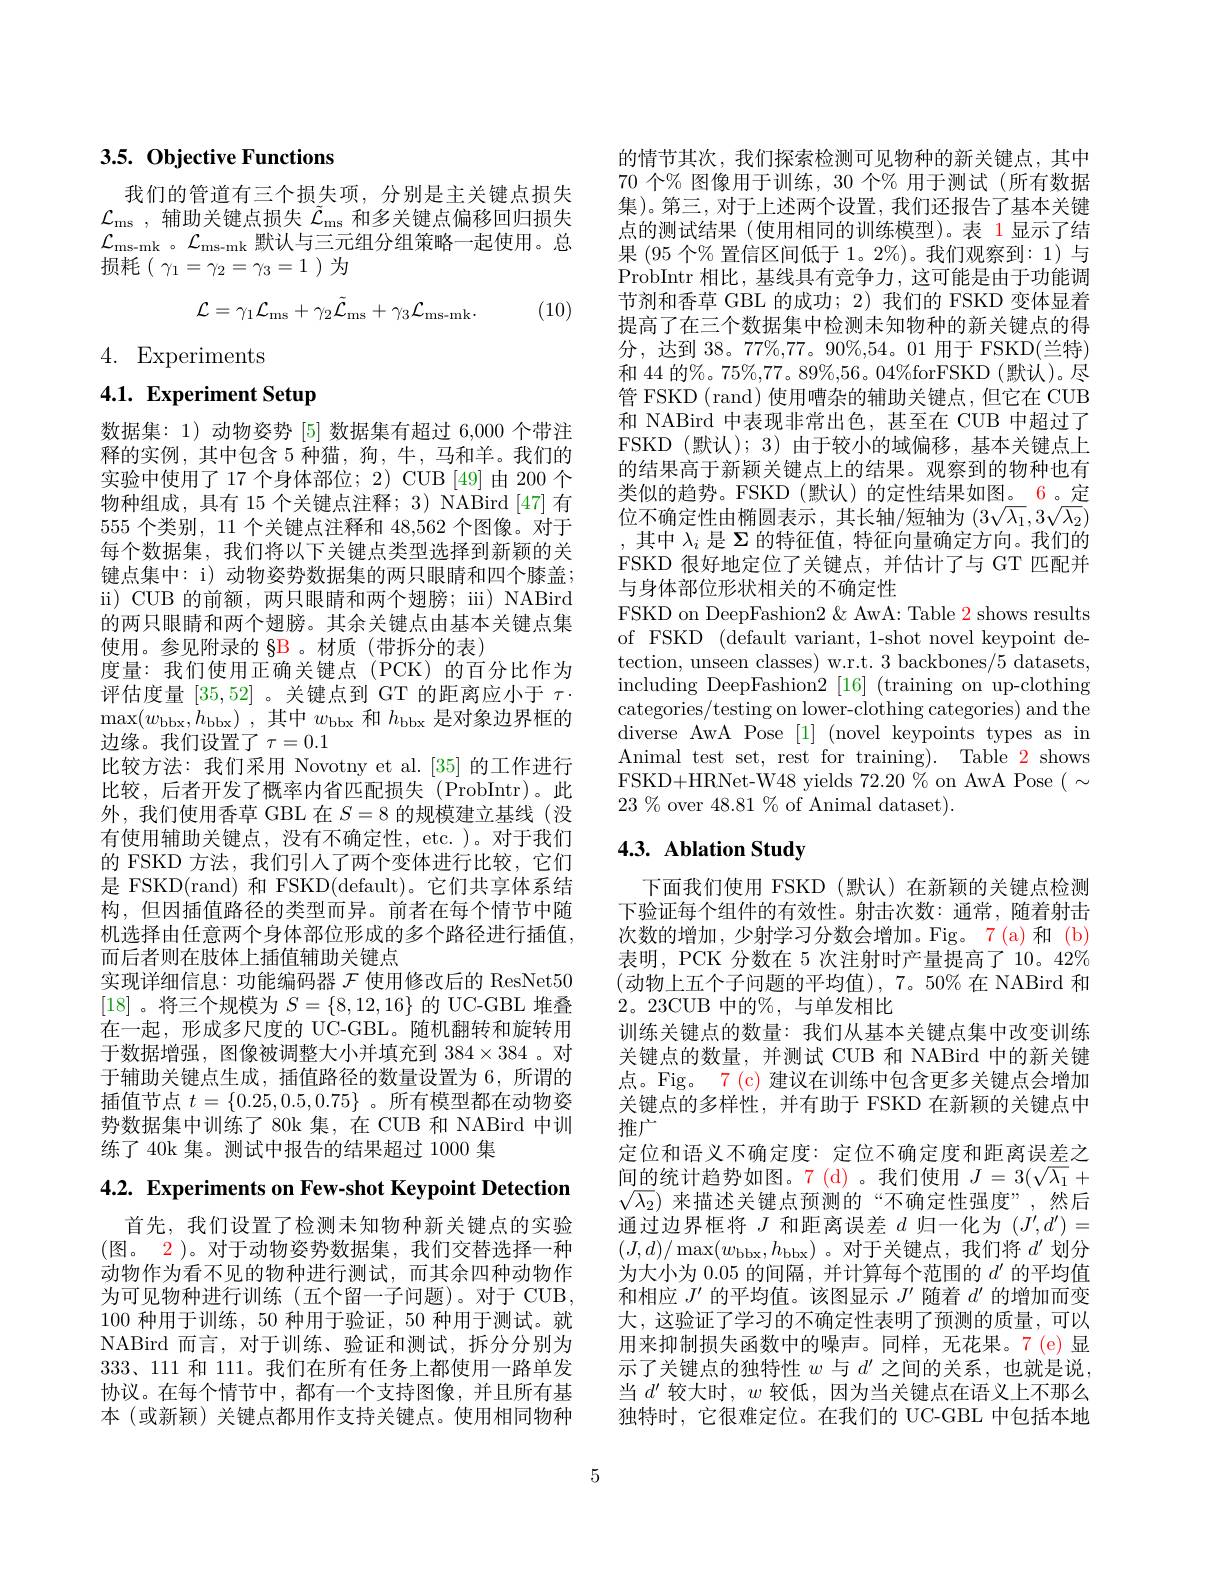
## 3.5. Objective Functions

我们的管道有三个损失项，分别是主关键点损失$\mathcal{L} _\mathrm{ms}$ ,辅助关键点损失$\tilde{\mathcal{L}}_\mathrm{ms}$和多关键点偏移回归损失$\mathcal{L}_{\mathrm{ms-mk~}}。\mathcal{L}_{\mathrm{ms-mk~}}$默认与三元组分组策略一起使用。总损耗($\gamma_1=\gamma_2=\gamma_3=1$)为
$$\mathcal{L}=\gamma_{1}\mathcal{L}_{\mathrm{ms}}+\gamma_{2}\tilde{\mathcal{L}}_{\mathrm{ms}}+\gamma_{3}\mathcal{L}_{\mathrm{ms-mk}}.$$
(10)

4. Experiments

# 4.1. Experiment Setup

数据集：1) 动物姿势 [5] 数据集有超过 6,000 个带注释的实例，其中包含 5 种猫，狗，牛，马和羊。我们的实验中使用了 17 个身体部位；2) CUB [49]由 200 个物种组成，具有 15 个关键点注释；3) NABird [47] 有555个类别，11 个关键点注释和 48,562 个图像。对于每个数据集，我们将以下关键点类型选择到新颖的关键点集中：i) 动物姿势数据集的两只眼睛和四个膝盖； ii) CUB 的前额，两只眼睛和两个翅膀；iii) NABird 的两只眼睛和两个翅膀。其余关键点由基本关键点集使用。参见附录的 §B 。材质(带拆分的表)
度量：我们使用正确关键点(PCK)的百分比作为评估度量[35,52] 。关键点到 GT 的距离应小于$\tau\cdot$ $\max ( w_{\mathrm{bbx}}, \dot{h} _{\mathrm{bbx}})$ ,其中$w_\mathrm{bbx}$ 和$h_\mathrm{bbx}$是对象边界框的边缘。我们设置了$\tau=0.1$
比较方法：我们采用 Novotny et al.[35] 的工作进行比较，后者开发了概率内省匹配损失(ProbIntr)。此外，我们使用香草 GBL 在$S=8$的规模建立基线(没有使用辅助关键点，没有不确定性，etc. )。对于我们的 FSKD 方法，我们引人了两个变体进行比较，它们是 FSKD(rand) 和 FSKD(default)。它们共享体系结构，但因插值路径的类型而异。前者在每个情节中随机选择由任意两个身体部位形成的多个路径进行插值， 而后者则在肢体上插值辅助关键点
实现详细信息：功能编码器$\mathcal{F}$使用修改后的 ResNet50 [18] 。将三个规模为$S=\{8,12,16\}$的 UC-GBL 堆叠在一起，形成多尺度的 UC-GBL。随机翻转和旋转用于数据增强，图像被调整大小并填充到 384$\times384$。对于辅助关键点生成，插值路径的数量设置为 6,所谓的插值节点$t=\{0.25,0.5,0.75\}$ 。所有模型都在动物姿势数据集中训练了 80k 集，在 CUB 和 NABird 中训练了 40k 集。测试中报告的结果超过 1000 集

4.2. Experiments on Few-shot Keypoint Detection

首先，我们设置了检测未知物种新关键点的实验(图。2)。对于动物姿势数据集，我们交替选择一种动物作为看不见的物种进行测试，而其余四种动物作为可见物种进行训练(五个留一子问题)。对于 CUB 100种用于训练，50 种用于验证，50 种用于测试。就NABird 而言，对于训练、验证和测试，拆分分别为$333、111$和 111。我们在所有任务上都使用一路单发协议。在每个情节中，都有一个支持图像，并且所有基本 (或新颖) 关键点都用作支持关键点。使用相同物种

的情节其次，我们探索检测可见物种的新关键点，其中70 个% 图像用于训练，30 个% 用于测试(所有数据集)。第三，对于上述两个设置，我们还报告了基本关键点的测试结果(使用相同的训练模型)。表 1显示了结果(95 个% 置信区间低于 1。2%)。我们观察到：1) 与ProbIntr 相比，基线具有竞争力，这可能是由于功能调节剂和香草 GBL 的成功；2) 我们的 FSKD 变体显着提高了在三个数据集中检测未知物种的新关键点的得分，达到 38。77%,77。90%,54。01 用于 FSKD(兰特) 和 44 的%。75%,77。89%,56。04%forFSKD(默认)。尽管 FSKD (rand) 使用嘈杂的辅助关键点，但它在 CUB 和 NABird 中表现非常出色，甚至在 CUB 中超过了FSKD(默认);3)由于较小的域偏移，基本关键点上的结果高于新颖关键点上的结果。观察到的物种也有类似的趋势。FSKD(默认)的定性结果如图。6。定位不确定性由椭圆表示，其长轴/短轴为$(3\sqrt{\lambda_1},3\sqrt{\lambda_2})$ ,其中$\lambda_i$是$\Sigma$的特征值，特征向量确定方向。我们的FSKD 很好地定位了关键点，并估计了与 GT 匹配并与身体部位形状相关的不确定性
FSKD on DeepFashion2 & AwA: Table 2 shows results of FSKD (default variant, 1-shot novel keypoint detection, unseen classes) w.r.t. 3 backbones/5 datasets, including DeepFashion2 [16] (training on up-clothing categories/testing on lower-clothing categories) and the $\bar{\mathrm{diverse~AwA~Pose~}} [ 1] \allowbreak ( {\mathrm{mod}} $keypoints types as in) Animal test set, rest for training). Table 2 shows FSKD+HRNet-W48 yields $72.20\%$on AwA Pose $(~\sim$ $23\%$over 48.81%of Animal dataset).

## 4.3. Ablation Study

下面我们使用 FSKD(默认)在新颖的关键点检测下验证每个组件的有效性。射击次数：通常，随着射击次数的增加，少射学习分数会增加。Fig。7(a)和 (b) 表明，PCK 分数在 5 次注射时产量提高了 10。42% (动物上五个子问题的平均值),7。50%在 NABird 和2。23CUB 中的%,与单发相比
训练关键点的数量：我们从基本关键点集中改变训练关键点的数量，并测试 CUB 和 NABird 中的新关键点。Fig。7 (c) 建议在训练中包含更多关键点会增加关键点的多样性，并有助于 FSKD 在新颖的关键点中推广
定位和语义不确定度：定位不确定度和距离误差之间的统计趋势如图。7(d)。我们使用$J=3(\sqrt{\lambda_1}+$ $\sqrt{\lambda_2}$)来描述关键点预测的“不确定性强度”,然后通过边界框将$J$和距离误差$d$归一化为$(J^\prime,d^{\prime})=$ $(J,d)/\max(w_{\mathrm{bbx}},h_{\mathrm{bbx}})$。对于关键点，我们将$d^\prime$划分为大小为 0.05 的间隔，并计算每个范围的$d^{\prime}$的平均值和相应$J^{\prime}$的平均值。该图显示$J^\prime$随着$d^{\prime}$的增加而变大，这验证了学习的不确定性表明了预测的质量，可以用来抑制损失函数中的噪声。同样，无花果。7(e)显示了关键点的独特性$w$与$d^\prime$之间的关系，也就是说当$d^{\prime}$较大时，$w$较低，因为当关键点在语义上不那么独特时，它很难定位。在我们的 UC-GBL 中包括本地

5